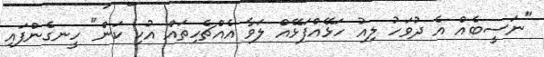
"ނަސީބެއް އެ ދުވަހު ލިއު ހަޅޭއްފަޅޭއް ލަވާ އެއްޗެހިތައް އުކި ކަން" ހީނގެންފައި